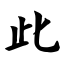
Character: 此